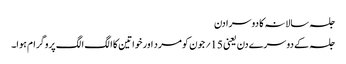
جلسہ سالانہ کا دوسرا دن
جلسہ کے دوسرے دن یعنی 15؍ جون کو مرد اور خواتین کا الگ الگ پروگرام ہوا۔